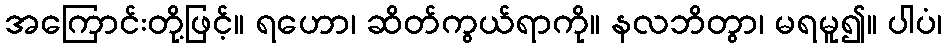
အကြောင်းတို့ဖြင့်။ ရဟော၊ ဆိတ်ကွယ်ရာကို။ နလဘိတွာ၊ မရမူ၍။ ပါပံ၊